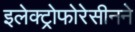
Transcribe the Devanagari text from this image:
इलेक्ट्रोफोरेसीनने